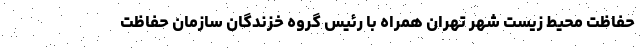
حفاظت محیط زیست شهر تهران همراه با رئیس گروه خزندگان سازمان حفاظت